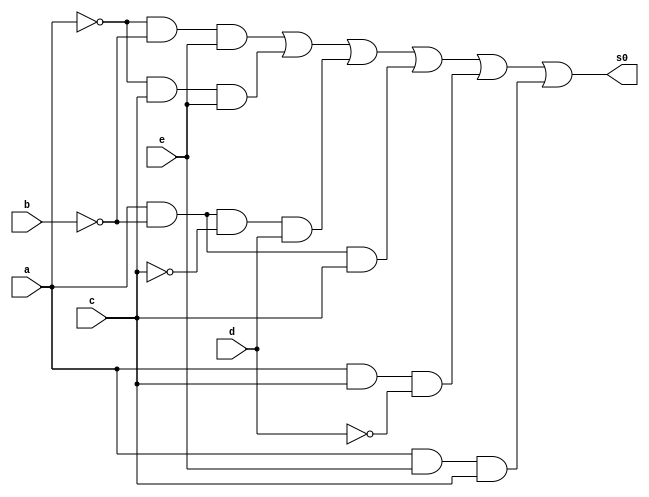
// ---------------------
//
// 3) a'c'd' + a'b'e + a'ce + ab'c'd + ab'c + acd' + ace
// Nome: Larissa Fernandes Leijoto
// --exercicio03
// ---------------------
  module saidas0(s0,a,b,c,d,e);
	input a, b,c,d,e;
	output s0;

	and AND1(temp1,~a,~c,~d);
	and AND2(temp3,~a,~b,e);
	and AND3(temp4,~a,c,e);
	and AND4(temp6,a,~b,~c,d);
	and AND5(temp7,a,~b,c);
	and AND6(temp8,a,c,~d);
	and AND7(temp9,a,e,c);
	or OR1 (s0,temp3,temp4,temp6,temp7,temp8,temp9);

	
   endmodule

    module Teste;

	reg a,b,c,d,e;
	wire s0;

	saidas0 Teste (s0,a,b,c,d,e);

	initial begin
		
      a=0; b=0; c=0; d=0; e=0;
	end

	initial begin

		#1 $display (" Larissa Fernandes Leijoto - 410476 ");
		#1 $display (" a | b | c | d | e  | s0 ");
		$monitor   (" %b | %b | %b | %b | %b |  %b ", a,b,c,d,e,s0);
		    
    #1  a=0; b=0; c=0; d=0; e=1; 
    #1  a=0; b=0; c=0; d=1; e=0;
    #1  a=0; b=0; c=0; d=1; e=1;
    #1  a=0; b=0; c=1; d=0; e=0;
    #1  a=0; b=0; c=1; d=0; e=1;
    #1  a=0; b=0; c=1; d=1; e=0;
    #1  a=0; b=0; c=1; d=1; e=1;
    #1  a=0; b=1; c=0; d=0; e=0;
    #1  a=0; b=1; c=0; d=0; e=1;
    #1  a=0; b=1; c=0; d=1; e=0;
    #1  a=0; b=1; c=0; d=1; e=1;
    #1  a=0; b=1; c=1; d=0; e=0;
    #1  a=0; b=1; c=1; d=0; e=1;
    #1  a=0; b=1; c=1; d=1; e=0;
    #1  a=0; b=1; c=1; d=1; e=1;
    #1  a=1; b=0; c=0; d=0; e=0;
    #1  a=1; b=0; c=0; d=0; e=1;
    #1  a=1; b=0; c=0; d=1; e=0;
    #1  a=1; b=0; c=0; d=1; e=1;
    #1  a=1; b=0; c=1; d=0; e=0;
    #1  a=1; b=0; c=1; d=0; e=1;
    #1  a=1; b=0; c=1; d=1; e=0;
    #1  a=1; b=0; c=1; d=1; e=1;
    #1  a=1; b=1; c=0; d=0; e=0;
    #1  a=1; b=1; c=0; d=0; e=1;
    #1  a=1; b=1; c=0; d=1; e=0;
    #1  a=1; b=1; c=0; d=1; e=1;
    #1  a=1; b=1; c=1; d=0; e=0;
    #1  a=1; b=1; c=1; d=0; e=1;
    #1  a=1; b=1; c=1; d=1; e=0;
    #1  a=1; b=1; c=1; d=1; e=1;




	end	
     endmodule